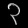
Digit: ၃